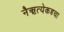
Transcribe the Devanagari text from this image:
नैऋत्येकडचा